Annual report of the Punjab Veterinary College and of the Civil Veterinary Department, Punjab - 1920-1925
Year: 1920
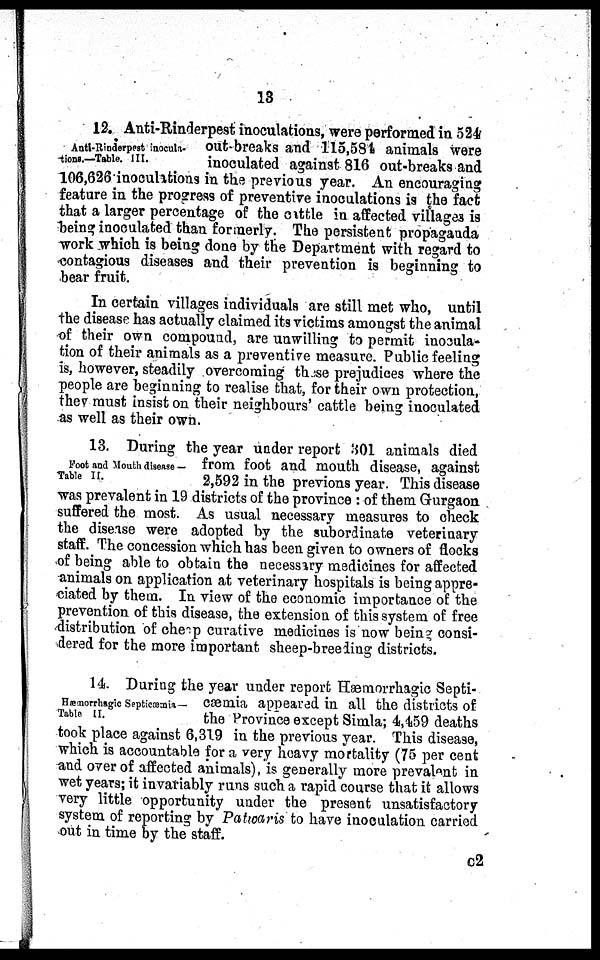
13
Anti-Rinderpest inocula-
tions.—Table. III.
12. Anti-Rinderpest inoculations, were performed in 524
out-breaks and 115,584 animals were
inoculated against 816 out-breaks and
106,626 inoculations in the previous year. An encouraging
feature in the progress of preventive inoculations is the fact
that a larger percentage of the cattle in affected villages is
being inoculated than formerly. The persistent propaganda
work which is being done by the Department with regard to
contagious diseases and their prevention is beginning to
bear fruit.
In certain villages individuals are still met who, until
the disease has actually claimed its victims amongst the animal
of their own compound, are unwilling to permit inocula-
tion of their animals as a preventive measure. Public feeling
is, however, steadily overcoming those prejudices where the
people are beginning to realise that, for their own protection,
they must insist on their neighbours' cattle being inoculated
as well as their own.
Foot and Mouth disease —
Table II.
13. During the year under report 301 animals died
from foot and mouth disease, against
2,592 in the previons year. This disease
was prevalent in 19 districts of the province: of them Gurgaon
suffered the most. As usual necessary measures to check
the disease were adopted by the subordinate veterinary
staff. The concession which has been given to owners of flocks
of being able to obtain the necessary medicines for affected
animals on application at veterinary hospitals is being appre-
ciated by them. In view of the economic importance of the
prevention of this disease, the extension of this system of free
distribution of che p curative medicines is now being consi-
dered for the more important sheep-breeding districts.
Hæmorrhagic Septicæmia—
Table II.
14. During the year under report Hæmorrhagic Septi-
cæmia appeared in all the districts of
the Province except Simla; 4,459 deaths
took place against 6,319 in the previous year. This disease,
which is accountable for a very heavy mortality (75 per cent
and over of affected animals), is generally more prevalent in
wet years; it invariably runs such a rapid course that it allows
very little opportunity under the present unsatisfactory
system of reporting by Patwaris to have inoculation carried
out in time by the staff.
C2